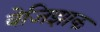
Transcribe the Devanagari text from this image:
बेजिझाक